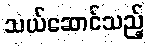
သယ်ဆောင်သည့်